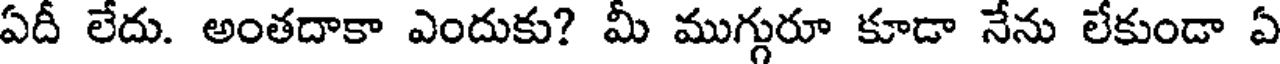
ఏదీ లేదు. అంతదాకా ఎందుకు? మీ ముగ్గురూ కూడా నేను లేకుండా ఏ